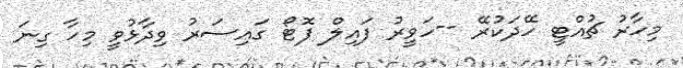
މިހާރު ޗުއްޓީ ހޭދަކުރޭ --ހަވީރު ފައިލް ފޮޓޯ ގައިސަރު ވިދާޅުވީ މިހާ ގިނަ